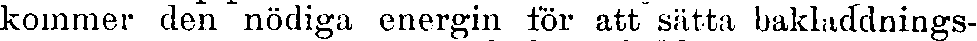
kommer den nödiga energin för att sätta bakladdnings-